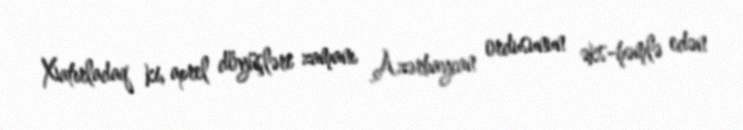
Xatırladaq ki, aprel döyüşləri zamanı Azərbaycan ordusunun əks-həmlə edən